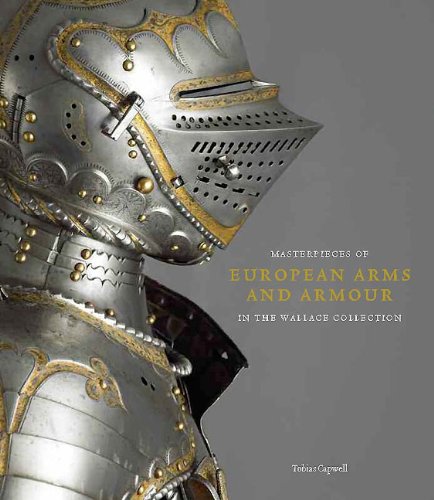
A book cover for Masterpieces of European Arms and Armour in the Wallace Collection; Tobias Capwell; History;